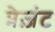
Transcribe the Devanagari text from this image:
प्रेज़ंट